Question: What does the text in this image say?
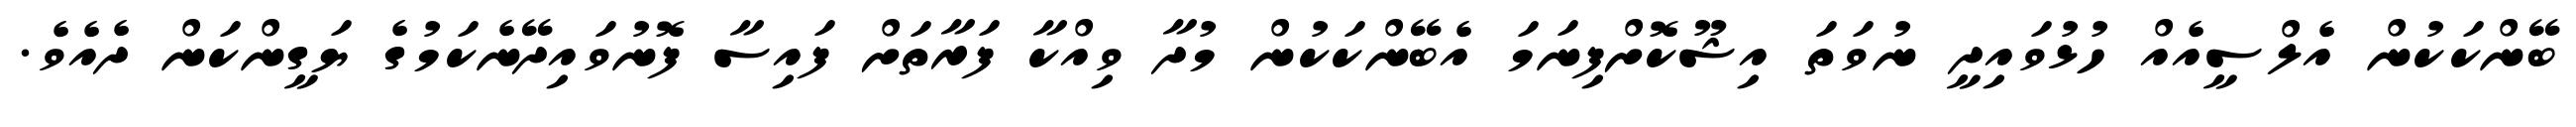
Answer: ބޭންކަކުން އެލްސީއެއް ހުޅުވައިދީ ނުވަތަ އިޝޫކޮށްފިނަމަ އެބޭންކަކުން މުދާ ވިއްކާ ފަރާތަށް ފައިސާ ފޮނުވައިދޭނެކަމުގެ ޔަގީންކަން ދެއެވެ.